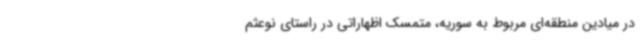
در میادین منطقه‌ای مربوط به سوریه، متمسک اظهاراتی در راستای نوعثم